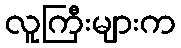
လူကြီးများက